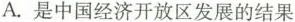
A.是中国经济开放区发展的结果